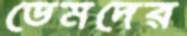
ডেমদের